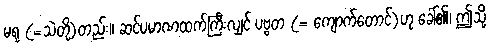
မရု (=သဲတို့)တည်း။ ဆင်ပမာဏထက်ကြီးလျှင် ပဗ္ဗတ (= ကျောက်တောင်)ဟု ခေါ်၏၊ ဤသို့